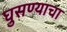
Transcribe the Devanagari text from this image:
घुसण्याचा